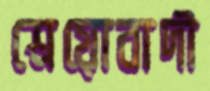
শ্রেয়োবাদী